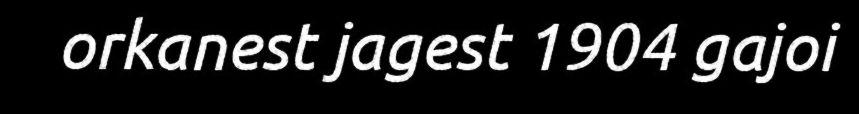
orkanest jagest 1904 gajoi